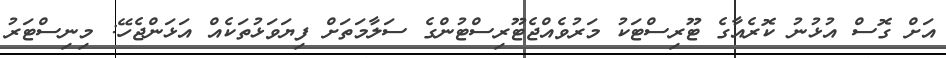
އަށް ގޮސް އުޅުނު ކޮރެއާގެ ޓޫރިސްޓަކު މަރުވެއްޖެޓޫރިސްޓުންގެ ސަލާމަތަށް ފިޔަވަޅުތަކެއް އަޅަންޖެހޭ: މިނިސްޓަރު